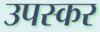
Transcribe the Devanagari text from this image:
उपस्‍कर